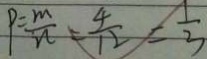
P = \frac { m } { n } = \frac { 4 } { 1 2 } = \frac { 1 } { 3 }